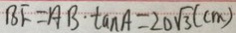
B F = A B \cdot \tan A = 2 0 \sqrt { 3 } ( c m )